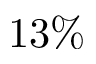
1 3 \%